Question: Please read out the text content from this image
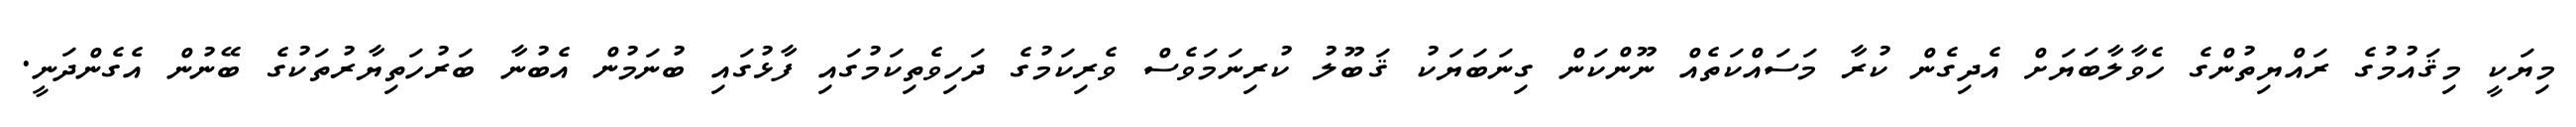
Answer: މިޔަކީ މިޤައުމުގެ ރައްޔިތުންގެ ހެވާލާބަޔަށް އެދިގެން ކުރާ މަސައްކަތެއް ނޫންކަން ގިނަބަޔަކު ޤަބޫލު ކުރިނަމަވެސް ވެރިކަމުގެ ދަހިވެތިކަމުގައި ފާޅުގައި ބުނަމުން އެބުނާ ބަރުހަތިޔާރުތަކުގެ ބޭނުން އެގެންދަނީ.